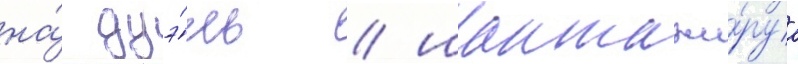
на́ дуэ́ль / шантажи́руа